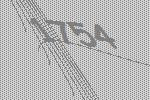
1754